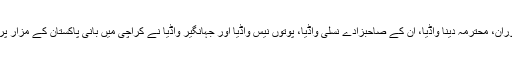
اپنے دورے کے دوران، محترمہ دینا واڈیا، ان کے صاحبزادے نسلی واڈیا، پوتوں نیس واڈیا اور جہانگیر واڈیا نے کراچی میں بانی پاکستان کے مزار پر بھی حاضری دی۔